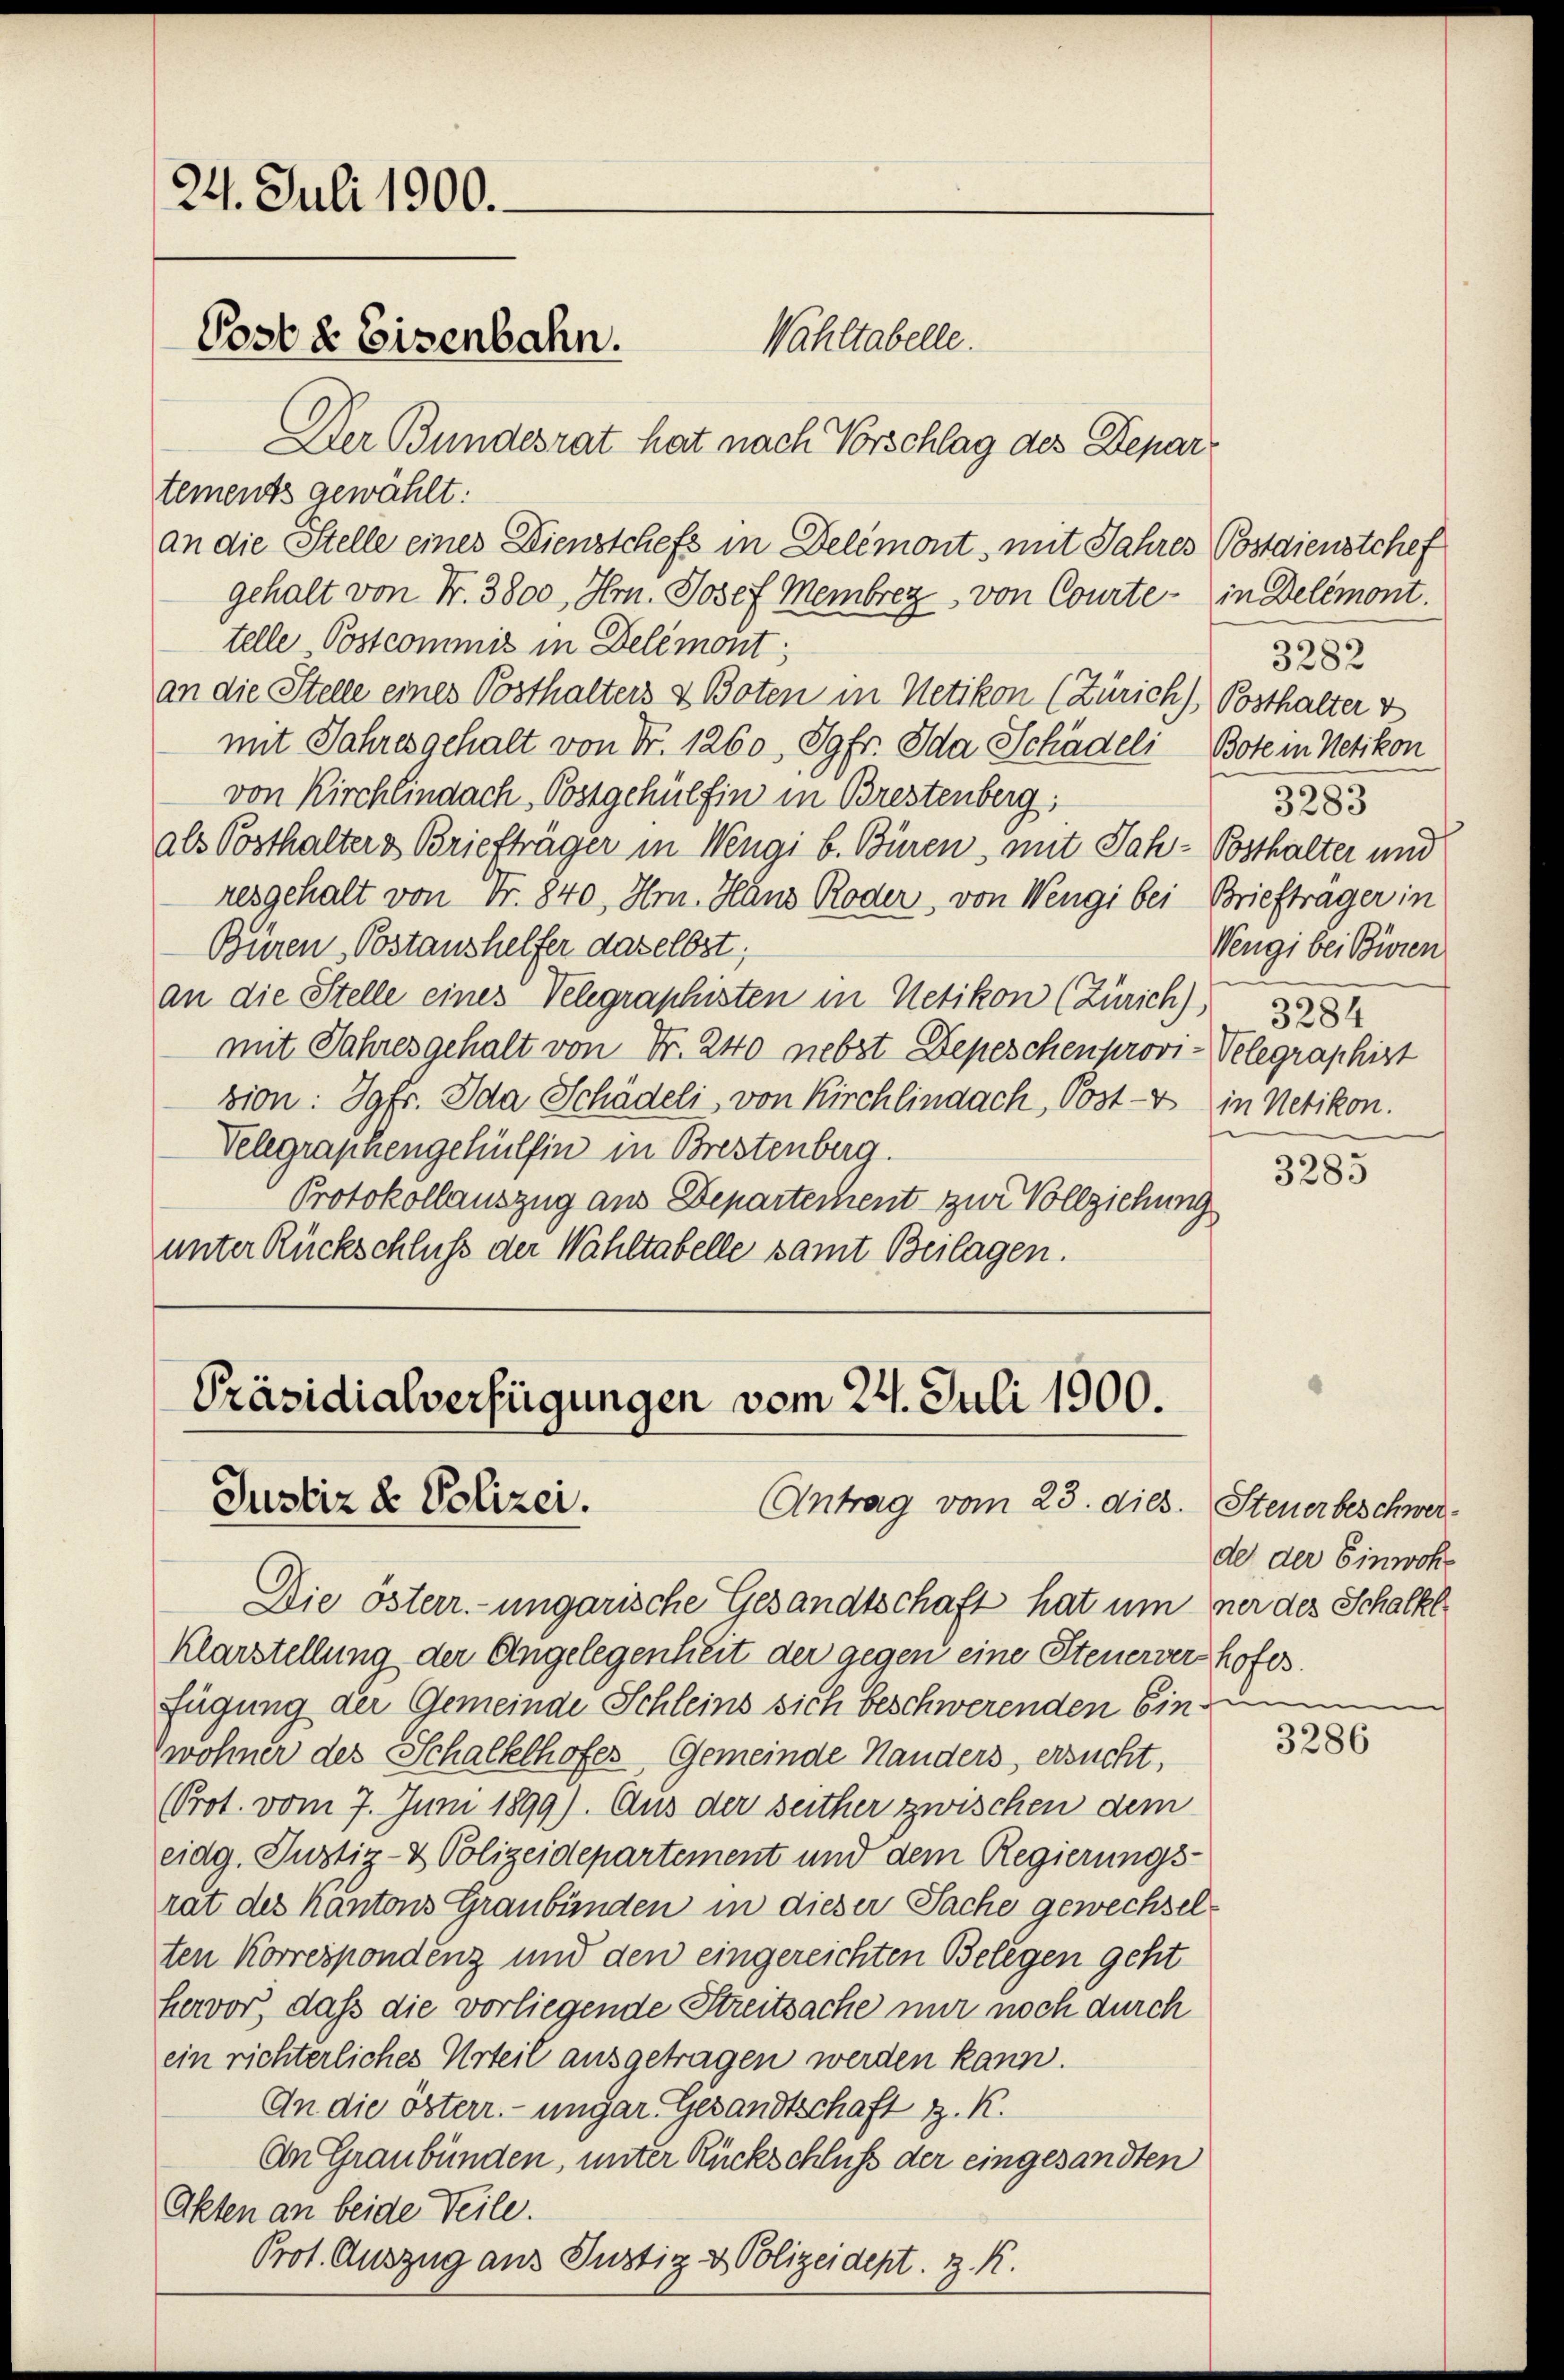
24. Juli 1900.
Post & Eisenbahn.

Der Bundesrat hat nach Vorschlag des Departements gewählt:
an die Stelle eines Dienstchefs in Delémont, mit Jahres Postdienstchef
gehalt von Fr. 3800, Hrn. Josef Membrez, von Courte - in Delémont.
telle Postcommis in Delémont,
an die Stelle eines Posthalters & Boten in Netikon (Zürich) Posthalter v
mit Jahresgehalt von Fr. 1260, Jgfr. Ida Schädeli Bote in Netikon
von Kirchlindach, Postgehülfen in Brestenberg;
als Posthalters Briefträger in Wengi b. Büren, mit Jah-Posthalter und
resgehalt von Fr. 840, Hrn. Hans Roder, von Wengi bei Briefträger in
Büren Postaushelfer daselbst;
an die Stelle eines Telegraphisten in Netikon (Zürich) 1884
mit Jahresgehalt von Fr. 240 nebst Depeschen provi-Velegraphist
sion: Jgfr. Ida Schädeli, von Kirchlindach, Post-V in Netikon.
Velegraphengehülfen in Brestenberg.
Protokollauszug aus Departement zur Vollziehung
unter Rückschluß der Wahltabelle samt Beilagen.

Wahltabelle.

Präsidialverfügungen vom 24. Juli 1900.
Justiz & Polizei.
Antrag vom 23. dies. Steuerbeschwer¬

Die österr.-ungarische Gesandtschaft hat um ner des Schalkl
klarstellung der Angelegenheit der gegen eine Steuerverhofesfügung der Gemeinde Schleins sich beschwerenden Sin
wohner des Schalkelhofes, Gemeinde Handers, ersucht,
(Prot. vom 7. Juni 1899). Aus der seither zwischen dem
eidg. Justiz- & Polizeidepartement und dem Regierungs-
rat des Kantons Graubünden in dieser Sache gewechselten Korrespondenz und den eingereichten Belegen geht
Hervor, daß die vorliegende Streitsache nur noch durch
ein richterliches Urteil ausgetragen werden kann.
An die österr. ungar. Gesandtschaft z. R.
An Graubünden, unter Rückschluß der eingesandten
Akten an beide Teile.
Prot. Auszug aus Justiz- & Polizeident. z. R.

3282
3283
Wengi bei Bieren

3285

de der Einwohn

3286